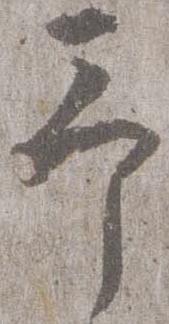
予